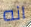
انه